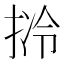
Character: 𱠃